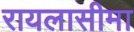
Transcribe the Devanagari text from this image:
रायलासीमा